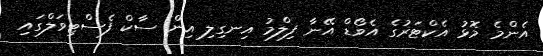
އެންމެ މޮޅު އެކްޓަރުގެ އެވޯޑް އޭނާ ފިލްމު އިނގިލި އިން ސާކް ފެސްޓިވަލްގައި